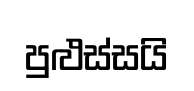
පුළුස්සයි